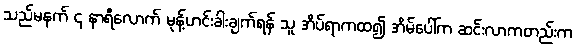
သည်မနက် ၄ နာရီလောက် မုန့်ဟင်းခါးချက်ရန် သူ အိပ်ရာကထ၍ အိမ်ပေါ်က ဆင်းလာကတည်းက